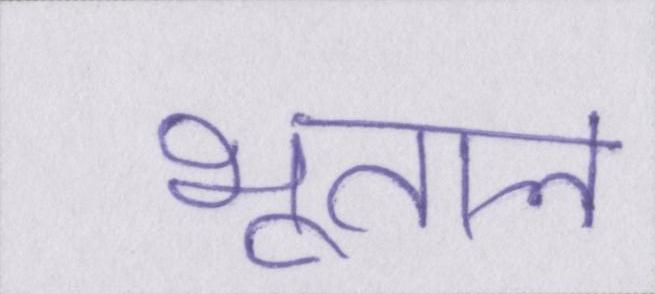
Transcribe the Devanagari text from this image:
भूतल